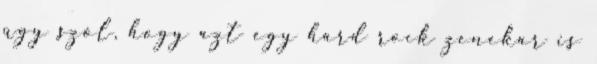
úgy szól, hogy azt egy hard rock zenekar is